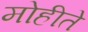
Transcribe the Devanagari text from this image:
मोहीते